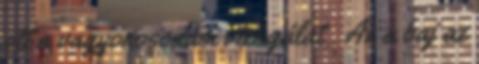
ott a vagyonosodási vizsgálat . Az a baj az